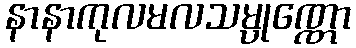
နာနာကုလမလသမ္ပုဏ္ဏော